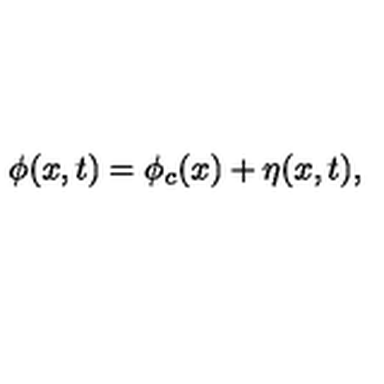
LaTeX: \phi ( x , t ) = \phi _ { c } ( x ) + \eta ( x , t ) ,